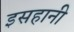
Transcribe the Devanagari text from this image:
इसहानी